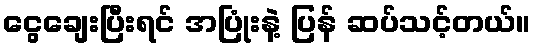
ငွေချေးပြီးရင် အပြုံးနဲ့ ပြန် ဆပ်သင့်တယ်။